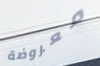
معروضة